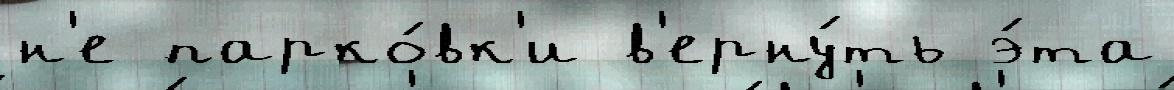
н'е парко́вк'и в'ерну́ть э́та